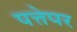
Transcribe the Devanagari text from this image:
पत्तेपर